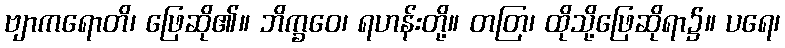
ဗျာကရောတိ၊ ဖြေဆို၏။ ဘိက္ခဝေ၊ ရဟန်းတို့။ တတြ၊ ထိုသို့ဖြေဆိုရာ၌။ ပရေ၊